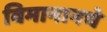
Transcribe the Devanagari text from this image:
विमानानचे